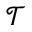
\mathcal { T }